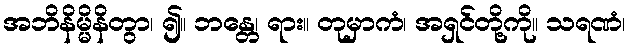
အဘိနိမ္မိနိတွာ၊ ၍။ ဘန္တေ၊ ရား။ တုမှာကံ၊ အရှင်တို့ကို။ သရဏံ၊